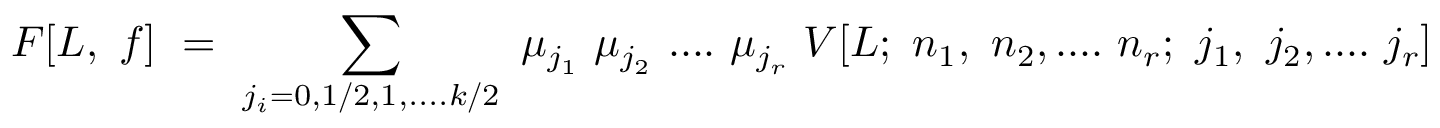
F [ L , ~ f ] ~ = ~ \sum _ { j _ { i } = 0 , 1 / 2 , 1 , . . . . k / 2 } ~ \mu _ { j _ { 1 } } ~ \mu _ { j _ { 2 } } ~ . . . . ~ \mu _ { j _ { r } } ~ V [ L ; ~ n _ { 1 } , ~ n _ { 2 } , . . . . ~ n _ { r } ; ~ j _ { 1 } , ~ j _ { 2 } , . . . . ~ j _ { r } ]